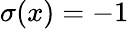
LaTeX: \sigma(x)=-1